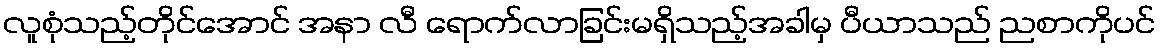
လူစုံသည့်တိုင်အောင် အနာ လီ ရောက်လာခြင်းမရှိသည့်အခါမှ ပီယာသည် ညစာကိုပင်